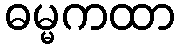
ဓမ္မကထာ